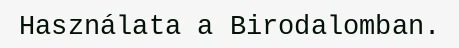
Használata a Birodalomban.